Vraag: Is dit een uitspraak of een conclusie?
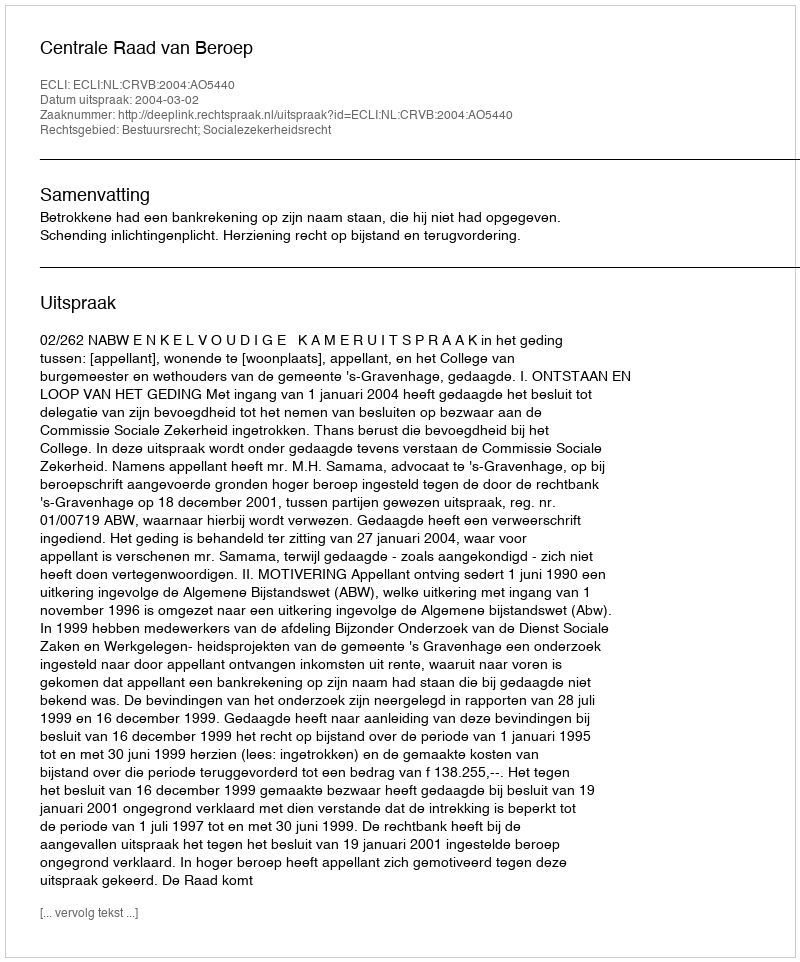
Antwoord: Uitspraak